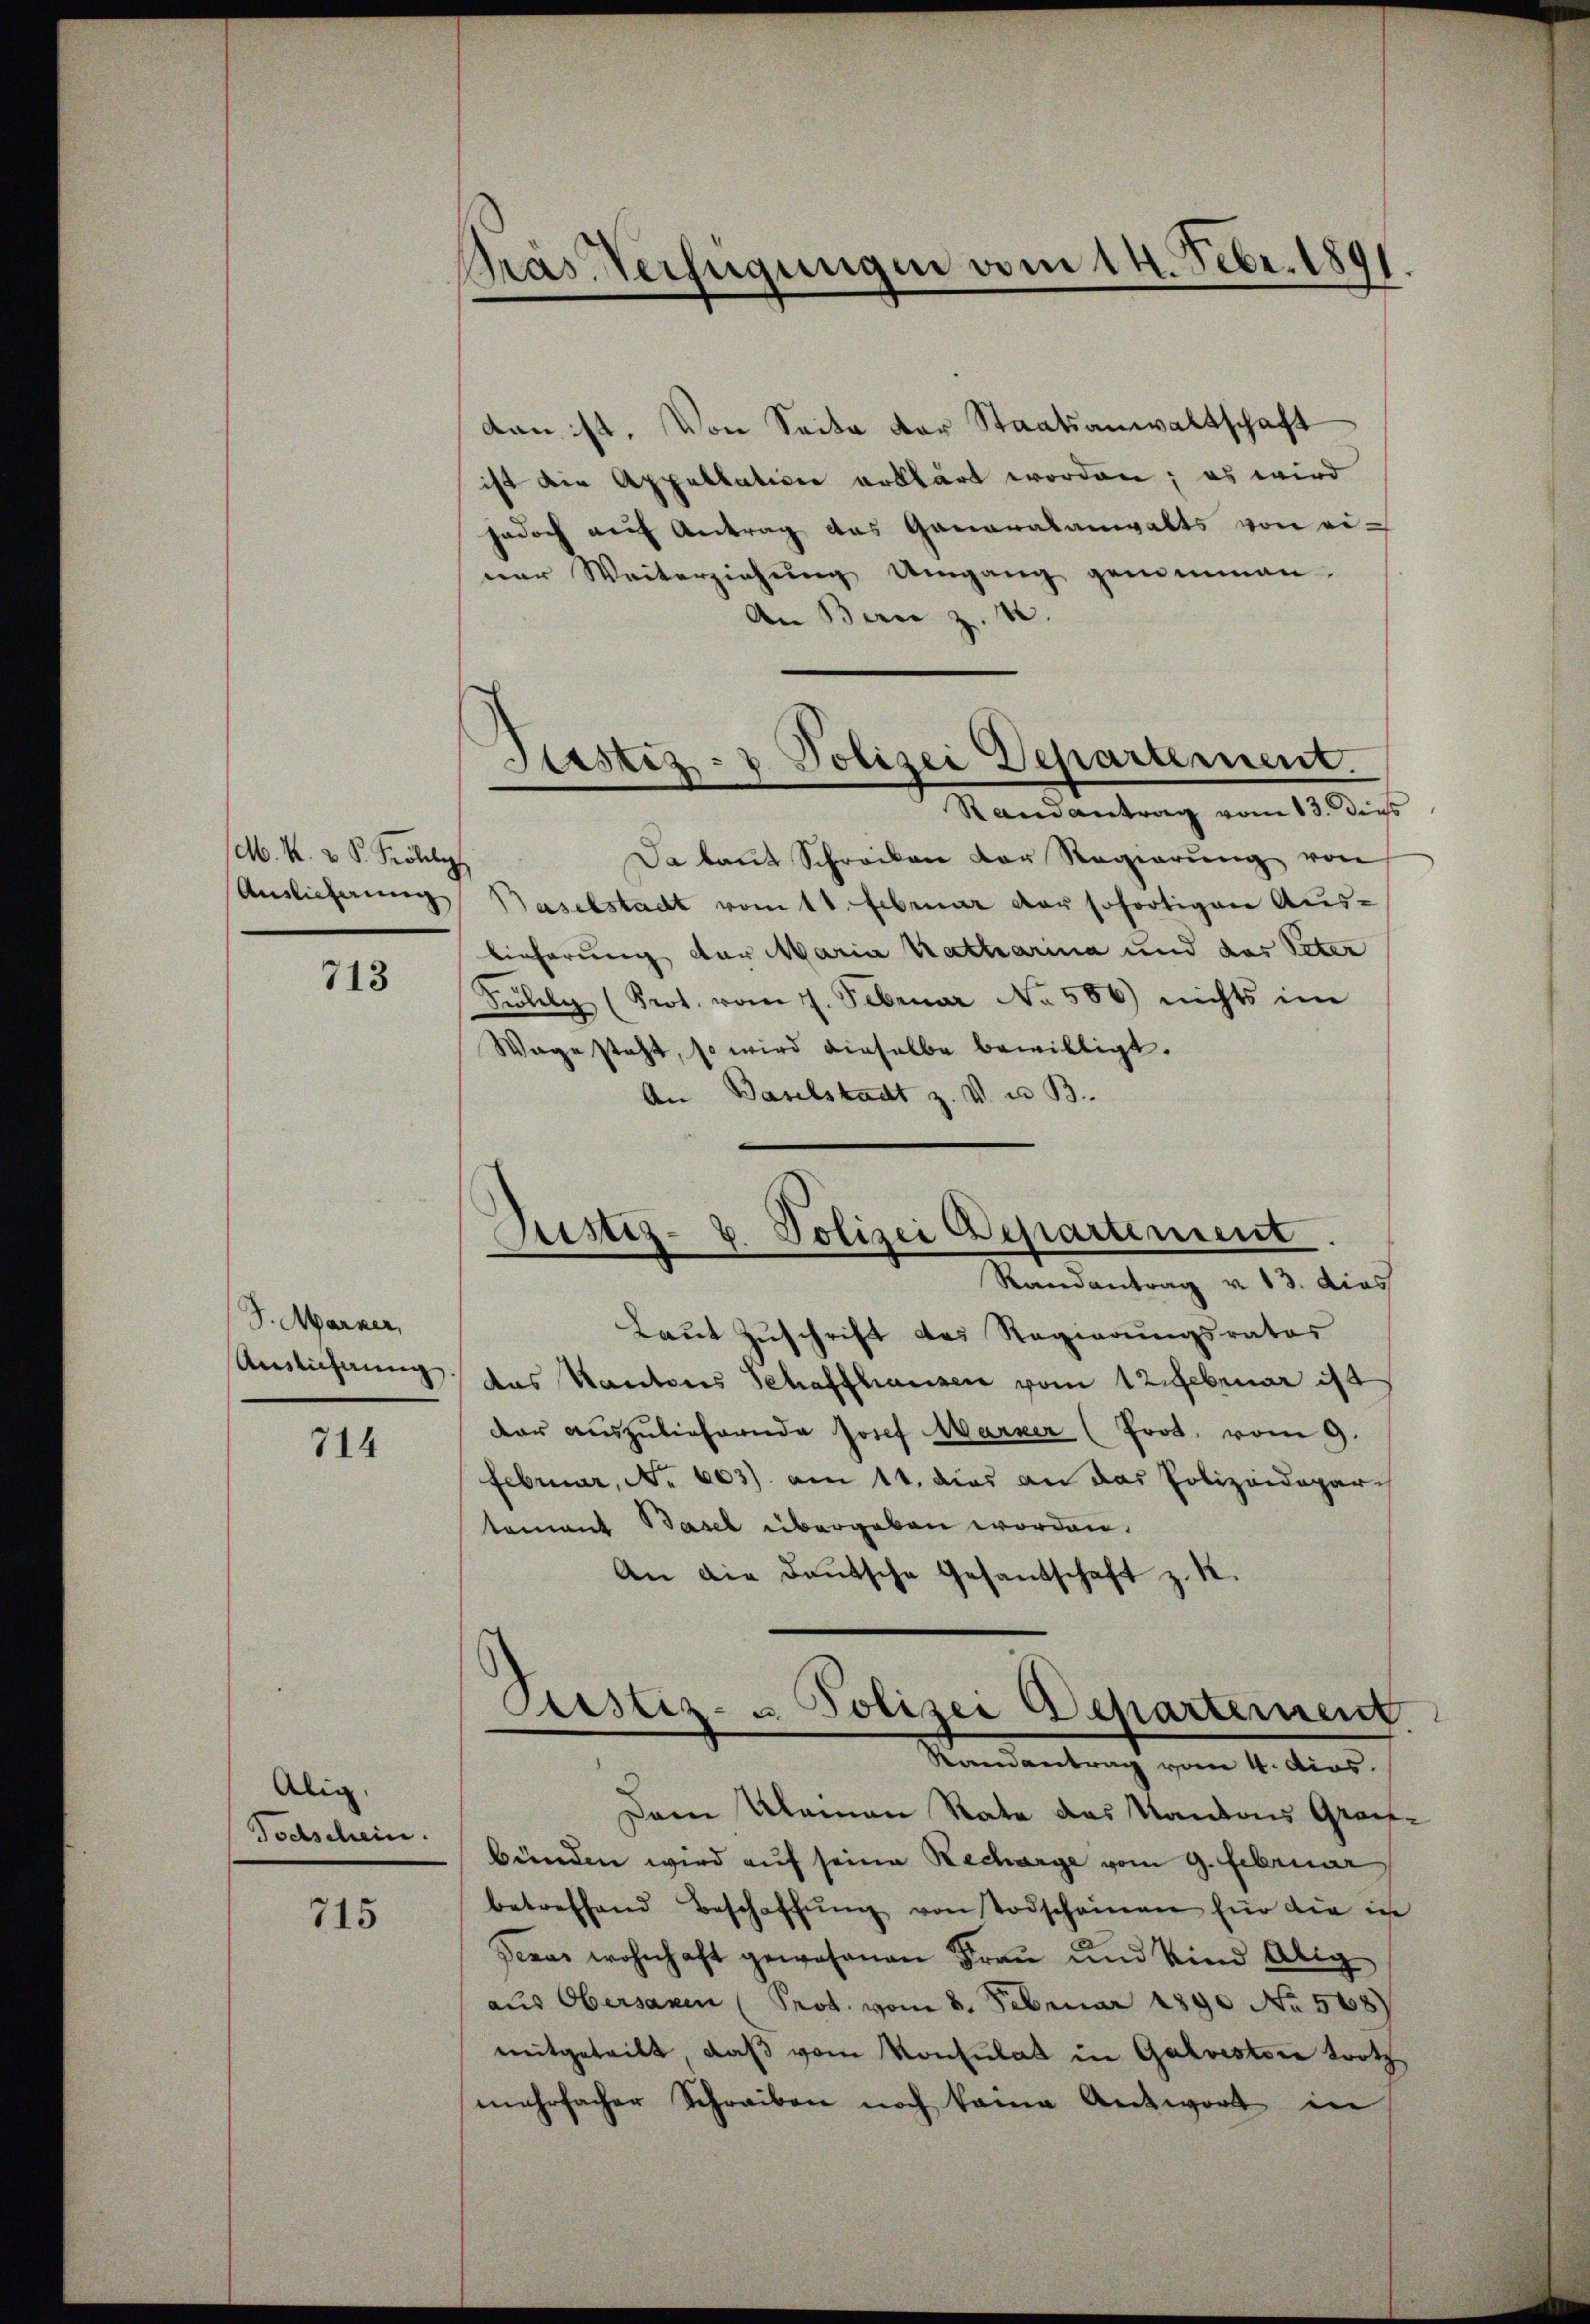
M. K. 2 S. Probely
Anslicherung

713

S. Marker,
Auslichnung.

714

Alig,
Tochschein.

715

Pras Verfügungen vom 14. Febr. 180

dan ist. Von Seite der Staatsanwaltschaft
ist die Appellation erklärt worden; es wird
jedoch auf Antrag des Ganaralanwalts von einer Weiterziehŭng Umgang genommen.
An Bern z. 10.
Randantrag vom 13. dies
Da kant Schreiben der Regierŭng von
Baselstadt vom 11. Februar der sofortigen Aus-
lieferung der Maria Katharina und das Peter
Filly (Prot. vom 7. Februar No. 586) nichts im
Wage steht, so wird dieselbe bewilligt.
An Baselstadt z. V. u. B.
Laut Zuschrift des Regierungsrates
das Kantons Schaffhausen vom 12. Februar 18
dar auszuliefernde Josef Marker (Prot. vom 9.
Februar, No 603) am 11. dies an das Polizeidepar-
tement Basel übergeben worden.
An die deutsche Gesandschaft z. R.
Custiz- u Polizei Departernent
Randantrag vom 4. dies
Dem Klamen Rate das Kantons Graf-
bünden wird auf seine Recharge vom 9. Februar
betreffend Beschaffŭng von Todscheinen für die in
Jerus wohnhaft gewesenen Frau und Kind Alig
aus Obersanen (Prot. vom 8. Februar 1890 No 568)
mitgeteilt, daβ vom Konsulat in Galvestore trotz
mehrfacher Schreiben noch keine Antwort in

Arstiz- & Polizei Departement.

Justiz- u. Polizei Departement
Randantrag v. 13. dies